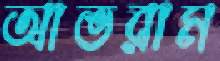
আভরাম